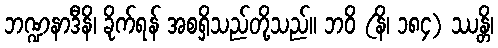
ဘဏ္ဍနာဒီနိ၊ ခိုက်ရန် အစရှိသည်တို့သည်။ ဘဝိ (နိ၊ ၁၈၄) ဿန္တိ၊